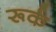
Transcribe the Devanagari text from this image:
रूर्क